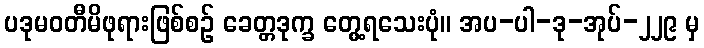
ပဒုမဝတီမိဖုရားဖြစ်စဉ် ခေတ္တဒုက္ခ တွေ့ရသေးပုံ။ အပ-ပါ-ဒု-အုပ်-၂၂၉ မှ